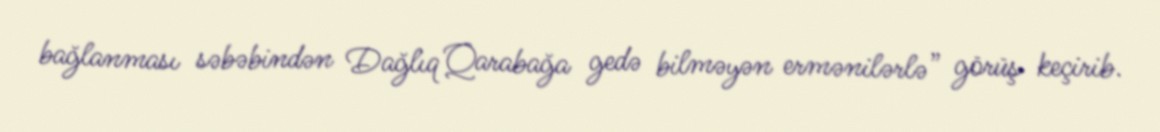
bağlanması səbəbindən Dağlıq Qarabağa gedə bilməyən ermənilərlə” görüş keçirib.